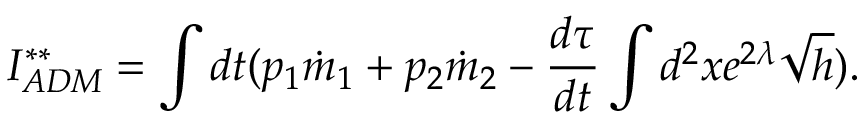
I _ { A D M } ^ { * * } = \int d t ( p _ { 1 } \dot { m } _ { 1 } + p _ { 2 } \dot { m } _ { 2 } - \frac { d \tau } { d t } \int d ^ { 2 } x e ^ { 2 \lambda } \sqrt { h } ) .